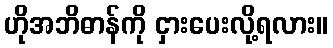
ဟိုအဘိဓာန်ကို ငှားပေးလို့ရလား။